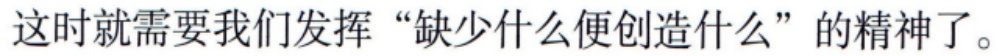
这时就需要我们发挥“缺少什么便创造什么”的精神了。